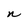
Character: n